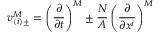
v _ { ( i ) \pm } ^ { M } = \left( \frac { \partial } { \partial t } \right) ^ { M } \pm \frac { N } { A } \left( \frac { \partial } { \partial x ^ { i } } \right) ^ { M }